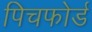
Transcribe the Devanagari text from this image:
पिचफोर्ड